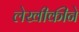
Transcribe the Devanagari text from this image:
लेखीकीने